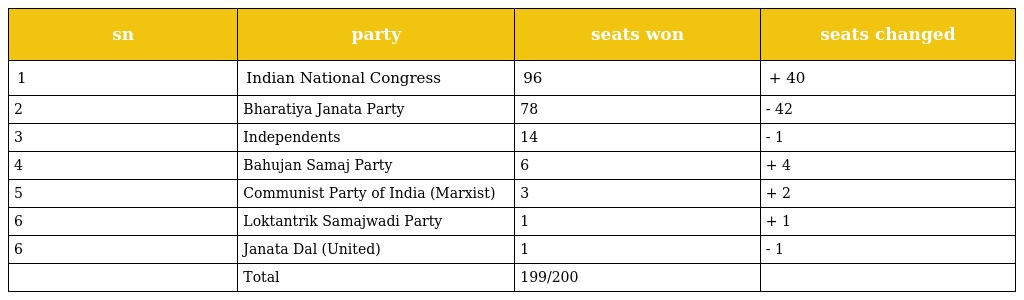
| sn | party | seats won | seats changed |
 | --- | --- | --- | --- |
 | 1 | Indian National Congress | 96 | + 40 |
 | 2 | Bharatiya Janata Party | 78 | - 42 |
 | 3 | Independents | 14 | - 1 |
 | 4 | Bahujan Samaj Party | 6 | + 4 |
 | 5 | Communist Party of India (Marxist) | 3 | + 2 |
 | 6 | Loktantrik Samajwadi Party | 1 | + 1 |
 | 6 | Janata Dal (United) | 1 | - 1 |
 |  | Total | 199/200 |  |